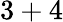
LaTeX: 3+4